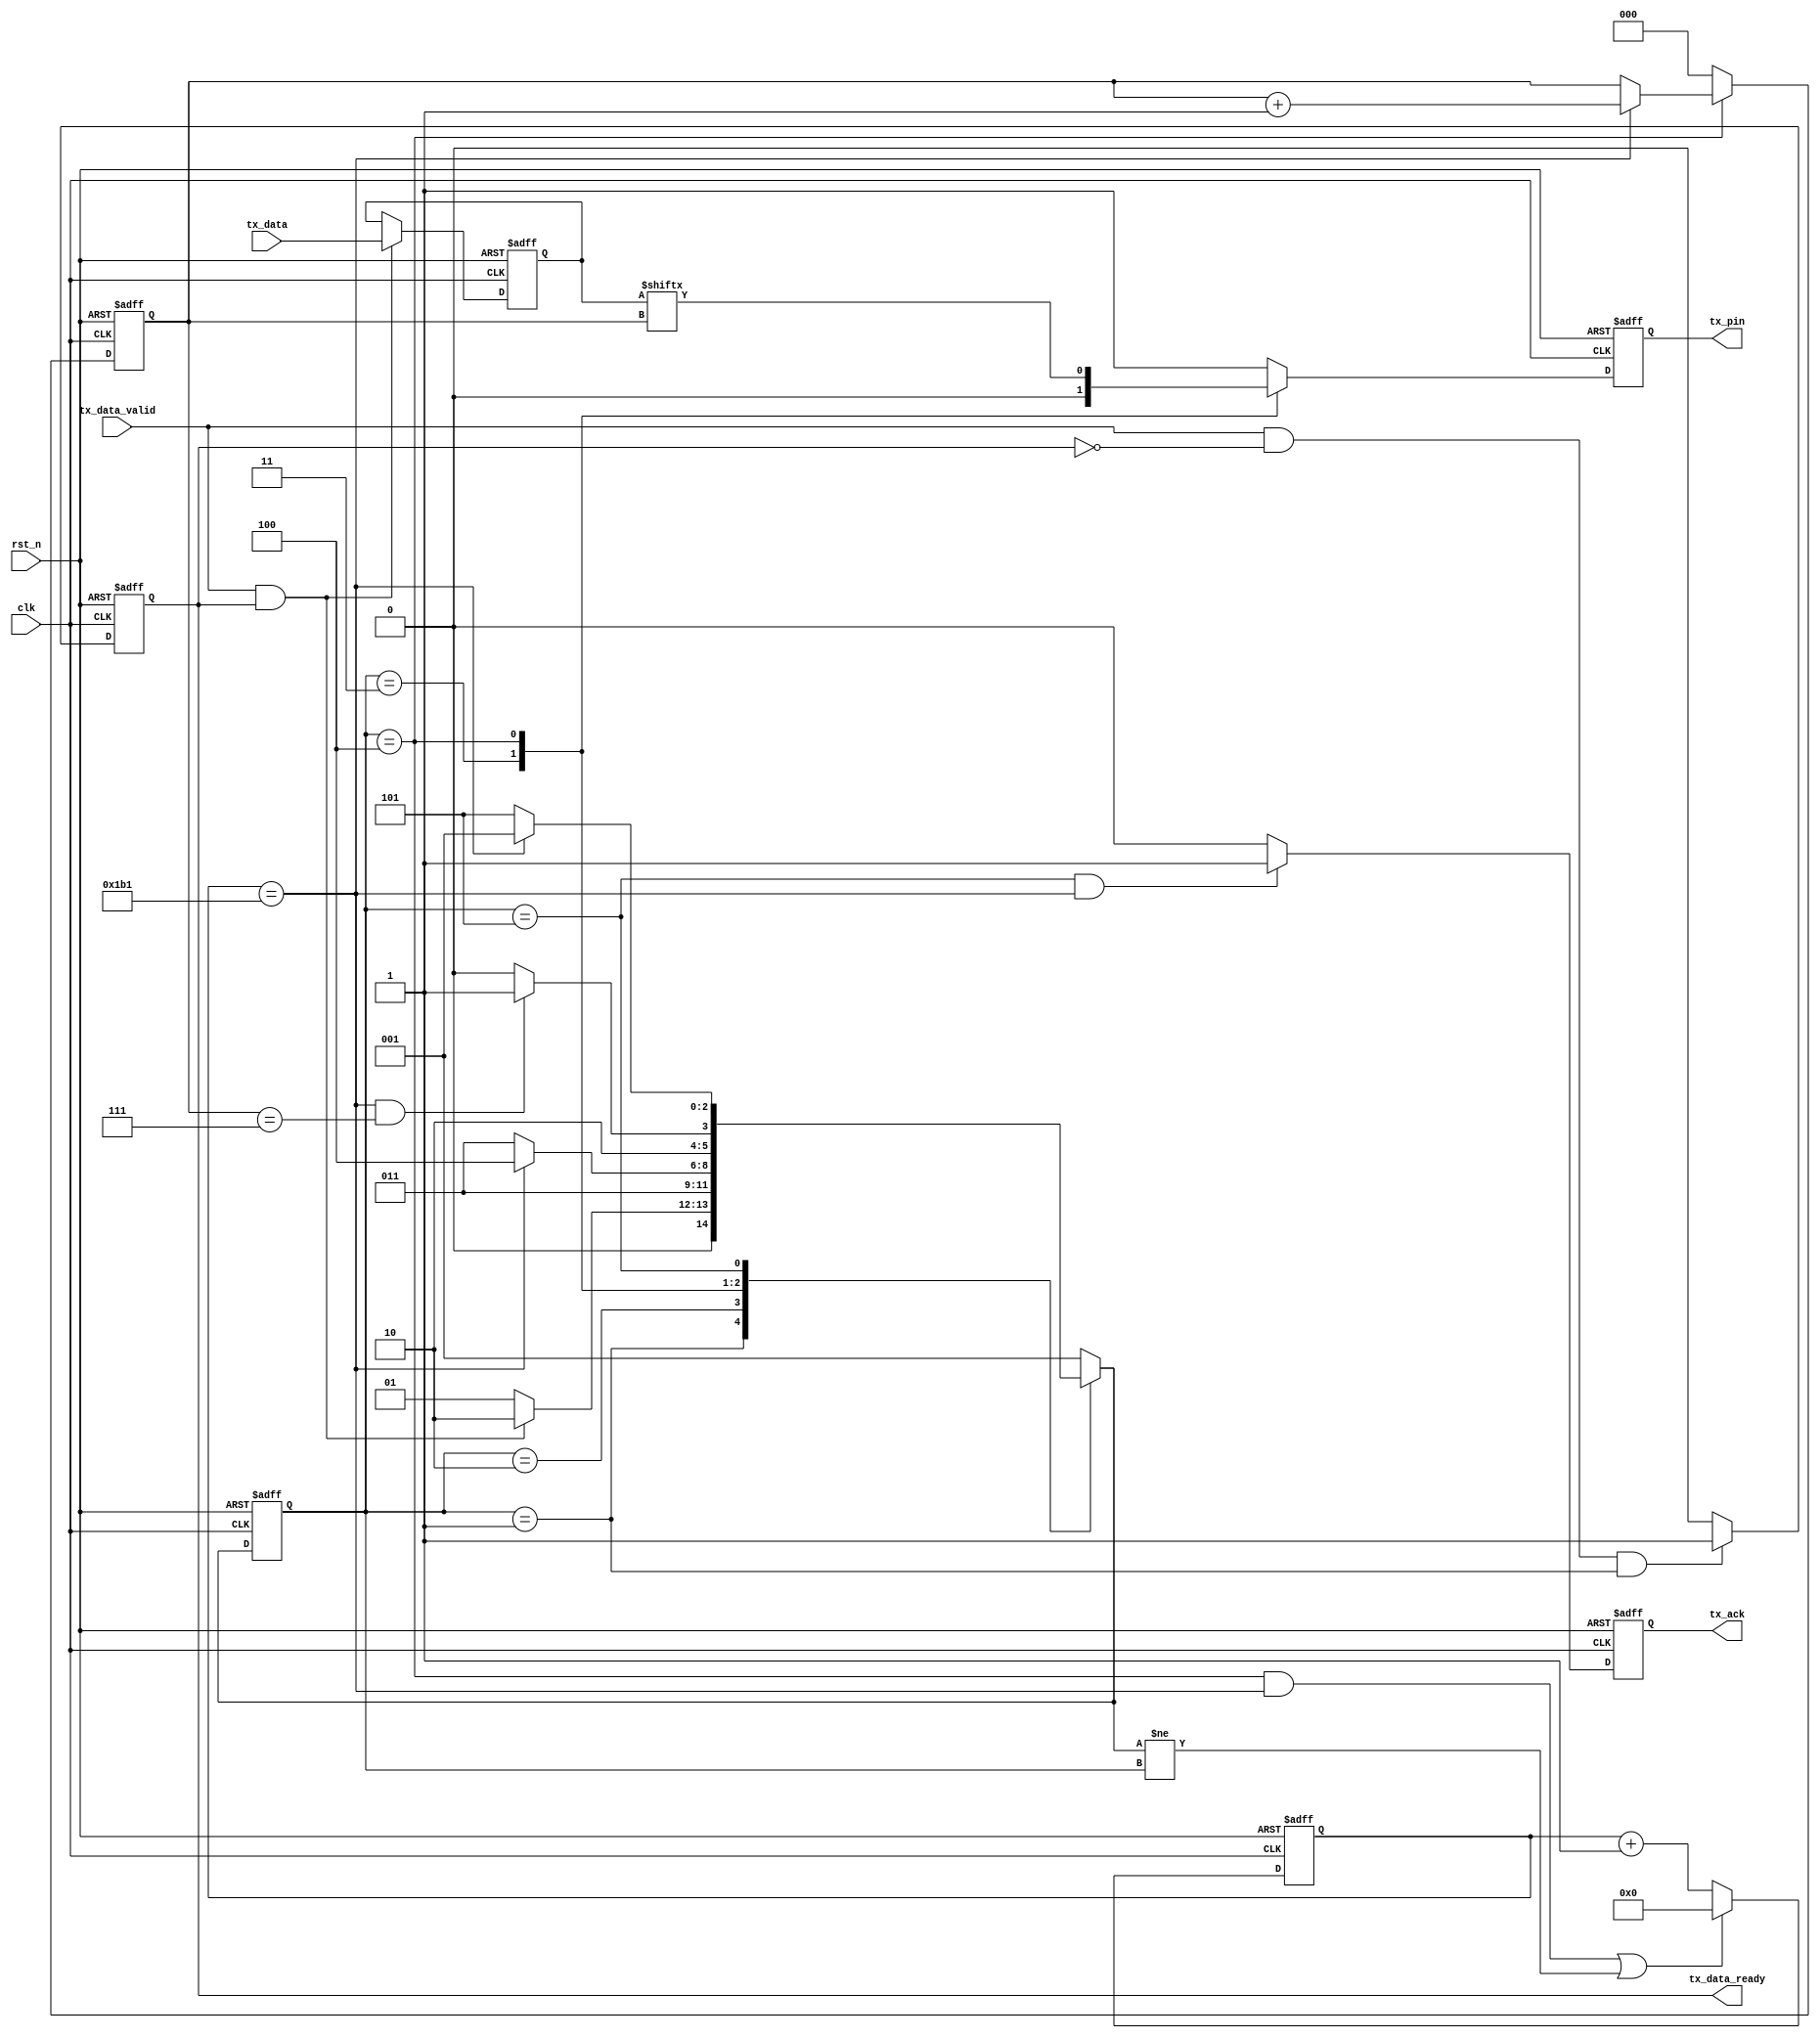
//*******************************************************************************/
module uart_bit_tx_module #(
    parameter CLK_FRE   = 50,     //clock frequency(Mhz)
    parameter BAUD_RATE = 115200  //serial baud rate
) (
    input            clk,            //clock input
    input            rst_n,          //asynchronous reset input, low active 
    input      [7:0] tx_data,        //data to send
    input            tx_data_valid,  //data to be sent is valid
    output reg       tx_data_ready,  //send ready
    output           tx_ack,
    output           tx_pin          //serial data output
);
  localparam CYCLE = CLK_FRE * 1000000 / BAUD_RATE;
  /***********************************************************************/
  //
  reg [2:0] state;
  reg [2:0] next_state;
  localparam S_IDLE = 1;  //
  localparam S_INIT = 2;  //
  localparam S_START = 3;  //
  localparam S_SEND_BYTE = 4;  //
  localparam S_STOP = 5;  //
  /***********************************************************************/
  reg [15:0] cycle_cnt;  //
  reg [ 2:0] bit_cnt;  //
  reg [ 7:0] tx_data_latch;  //
  reg        tx_reg;
  /***********************************************************************/
  assign tx_pin = tx_reg;
  /***********************************************************************/
  always @(posedge clk or negedge rst_n) begin
    if (!rst_n) state <= S_IDLE;
    else state <= next_state;
  end
  always @(*) begin
    case (state)
      S_IDLE:
      if (tx_data_valid && tx_data_ready) next_state <= S_INIT;
      else next_state <= S_IDLE;
      S_INIT: next_state <= S_START;
      S_START:
      if (cycle_cnt == CYCLE - 1) next_state <= S_SEND_BYTE;
      else next_state <= S_START;
      S_SEND_BYTE:
      if (cycle_cnt == CYCLE - 1 && bit_cnt == 3'd7) next_state <= S_STOP;
      else next_state <= S_SEND_BYTE;
      S_STOP:
      if (cycle_cnt == CYCLE - 1) next_state <= S_IDLE;
      else next_state <= S_STOP;
      default: next_state <= S_IDLE;
    endcase
  end
  /***********************************************************************/
  //
  always @(posedge clk or negedge rst_n) begin
    if (!rst_n) cycle_cnt <= 16'd0;
    else if ((state == S_SEND_BYTE && cycle_cnt == CYCLE - 1) || next_state != state) cycle_cnt <= 16'd0;
    else cycle_cnt <= cycle_cnt + 16'd1;
  end
  /***********************************************************************/
  //
  always @(posedge clk or negedge rst_n) begin
    if (!rst_n) begin
      tx_data_latch <= 8'd0;
    end else if (tx_data_valid && tx_data_ready) tx_data_latch <= tx_data;

  end
  /***********************************************************************/
  //
  always @(posedge clk or negedge rst_n) begin
    if (!rst_n) begin
      bit_cnt <= 3'd0;
    end else if (state == S_SEND_BYTE)
      if (cycle_cnt == CYCLE - 1) bit_cnt <= bit_cnt + 3'd1;
      else bit_cnt <= bit_cnt;
    else bit_cnt <= 3'd0;
  end
  /***********************************************************************/
  //
  always @(posedge clk or negedge rst_n) begin
    if (!rst_n) tx_reg <= 1'b1;
    else
      case (state)
        S_IDLE, S_STOP: tx_reg <= 1'b1;
        S_START: tx_reg <= 1'b0;
        S_SEND_BYTE: tx_reg <= tx_data_latch[bit_cnt];
        default: tx_reg <= 1'b1;
      endcase
  end
  /***********************************************************************/
  //
  always @(posedge clk or negedge rst_n) begin
    if (!rst_n) begin
      tx_data_ready <= 1'b0;
    end else if (tx_data_valid && !tx_data_ready && state == S_IDLE) tx_data_ready <= 1'b1;
    else tx_data_ready <= 1'b0;
  end
  /***********************************************************************/
  reg r_tx_ack;
  always @(posedge clk or negedge rst_n) begin
    if (!rst_n) begin
      r_tx_ack <= 1'b0;
    end else if (state == S_STOP && cycle_cnt == CYCLE - 1) begin
      r_tx_ack <= 1'b1;
    end else begin
      r_tx_ack <= 1'b0;
    end
  end
  assign tx_ack = r_tx_ack;
endmodule